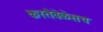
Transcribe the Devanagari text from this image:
करतेवेळेसच